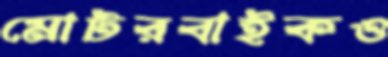
মোটরবাইকও